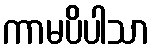
ကာမပိပါသာ